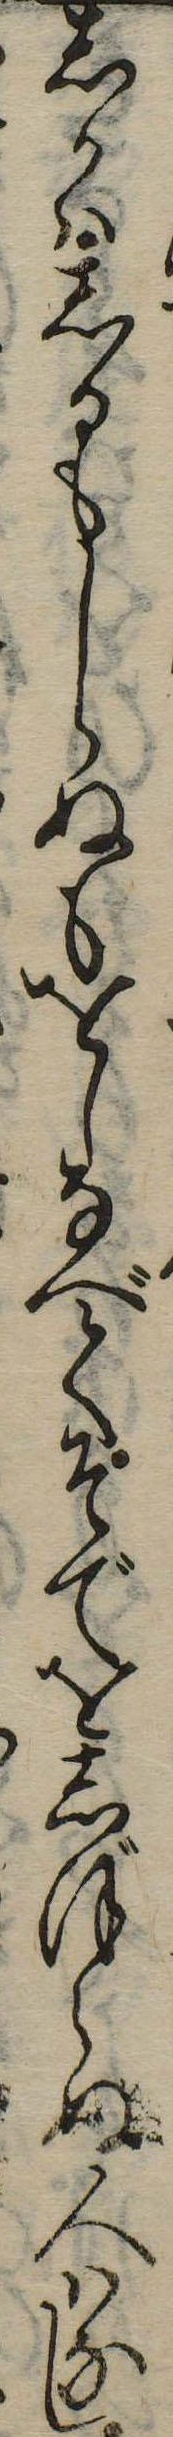
しかはしるもしらぬもをしなべてそでをしぼらぬ人はなし